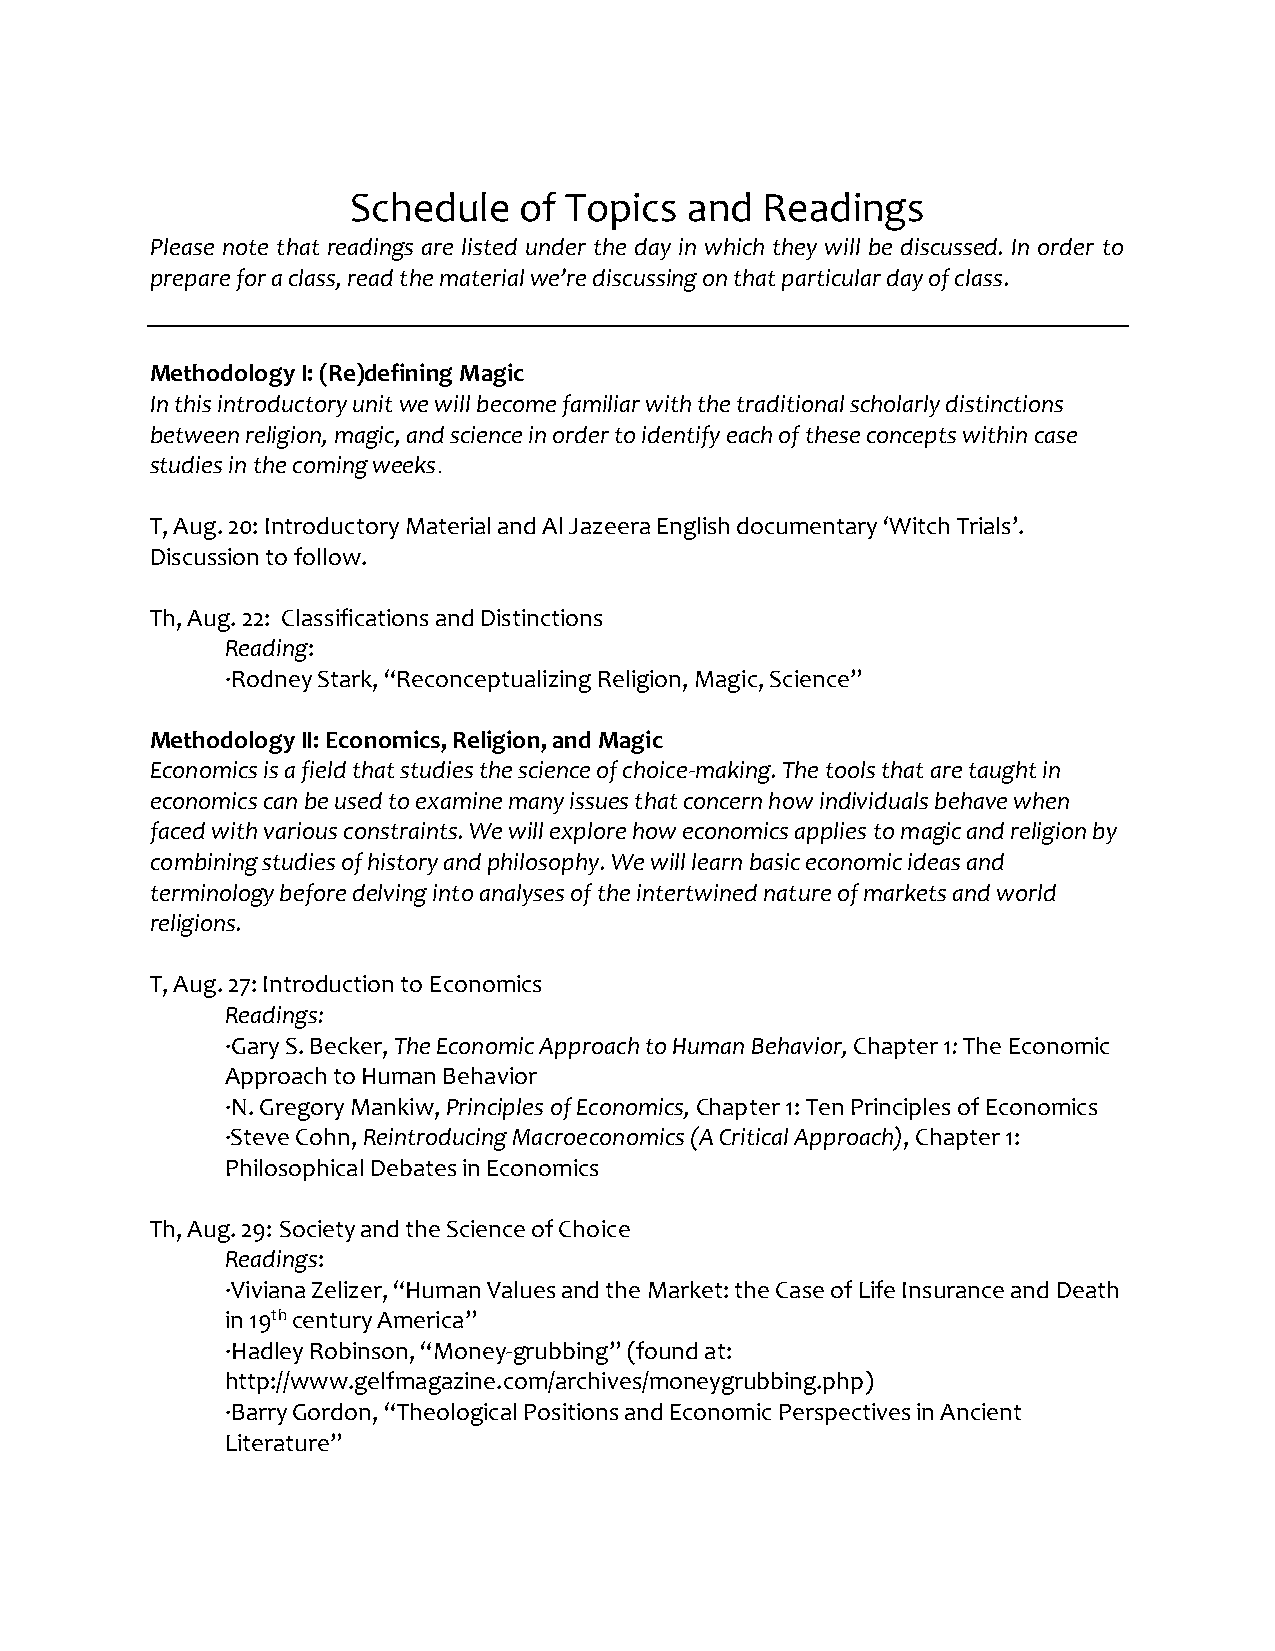
Schedule   of Topics   and Readings
 Please note that readings are listed under the day in which they will be discussed. In order to
 prepare for a class, read the material we’re discussing on that particular day of class.
 Methodology I: (Re)defining Magic
 In this introductory unit we will become familiar with the traditional scholarly distinctions
 between religion, magic, and science in order to identify each of these concepts within case
 studies in the coming weeks.
 T, Aug. 20: Introductory Material and Al Jazeera English documentary ‘Witch Trials’.
 Discussion to follow.
 Th, Aug. 22: Classifications and Distinctions
 Reading:
 ·Rodney Stark, “Reconceptualizing Religion, Magic, Science”
 Methodology II: Economics, Religion, and Magic
 Economics is a field that studies the science of choice-making. The tools that are taught in
 economics can be used to examine many issues that concern how individuals behave when
 faced with various constraints. We will explore how economics applies to magic and religion by
 combining studies of history and philosophy. We will learn basic economic ideas and
 terminology before delving into analyses of the intertwined nature of markets and world
 religions.
 T, Aug. 27: Introduction to Economics
 Readings:
 ·Gary S. Becker, The Economic Approach to Human Behavior, Chapter 1: The Economic
 Approach to Human Behavior
 ·N. Gregory Mankiw, Principles of Economics, Chapter 1: Ten Principles of Economics
 ·Steve Cohn, Reintroducing Macroeconomics (A Critical Approach), Chapter 1:
 Philosophical Debates in Economics
 Th, Aug. 29: Society and the Science of Choice
 Readings:
 ·Viviana Zelizer, “Human Values and the Market: the Case of Life Insurance and Death
 in 19th century America”
 ·Hadley Robinson, “Money-grubbing” (found at:
 http://www.gelfmagazine.com/archives/moneygrubbing.php)
 ·Barry Gordon, “Theological Positions and Economic Perspectives in Ancient
 Literature”